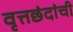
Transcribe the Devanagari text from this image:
वृत्तछंदांची